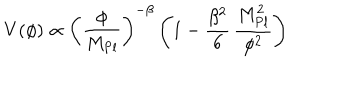
V ( \phi ) \propto \left( \frac { \phi } { M _ { \mathrm { P l } } } \right) ^ { - \beta } \left( 1 - \frac { \beta ^ { 2 } } { 6 } \, \frac { M _ { \mathrm { P l } } ^ { 2 } } { \phi ^ { 2 } } \right)